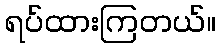
ရပ်ထားကြတယ်။